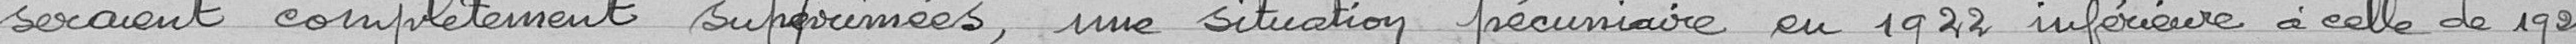
seraient complètement supprimées, une situation pécuniaire en 1922 inférieure à celle de 1921.